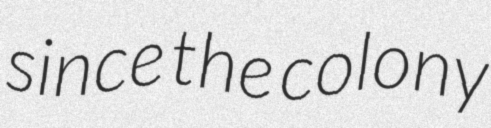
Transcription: since the colony